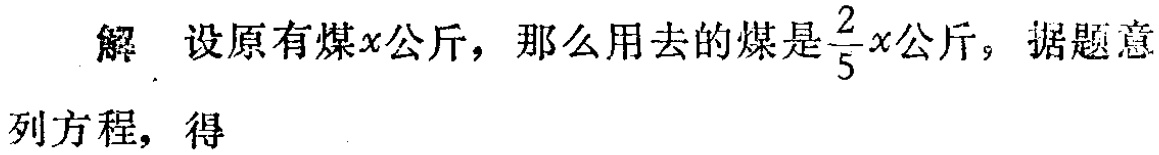
解 设原有煤\(x\)公斤，那么用去的煤是\(\frac{2}{5}x\)公斤，据题意

列方程，得